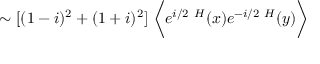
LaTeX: \sim [ ( 1 - i ) ^ { 2 } + ( 1 + i ) ^ { 2 } ] \ \biggl \langle e ^ { i / 2 \ H } ( x ) e ^ { - i / 2 \ H } ( y ) \biggl \rangle